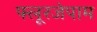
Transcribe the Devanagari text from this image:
फ्लूरजेपाम